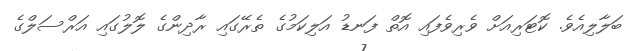
ބަލާލިއެވެ. ކޮޓަރިއަށް ވެރިވެފައި އޮތް ފަނޑު އަލިކަމުގެ ތެރޭގައި ރާދިންގެ ލޮލުގައި އަރްސަލްގެ